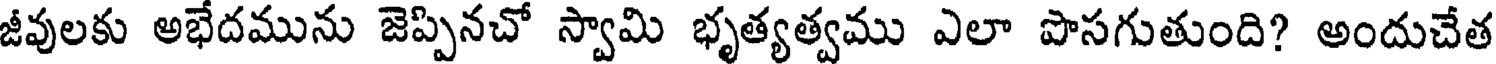
జీవులకు అభేదమును జెప్పినచో స్వామి భృత్యత్వము ఎలా పొసగుతుంది? అందుచేత